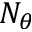
N _ { \theta }